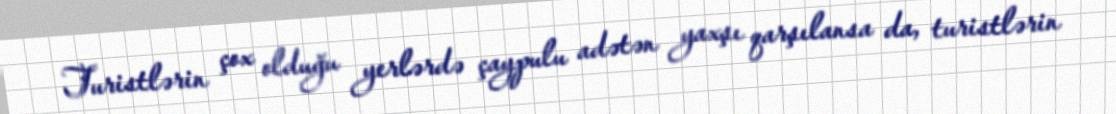
Turistlərin çox olduğu yerlərdə çaypulu adətən yaxşı qarşılansa da, turistlərin